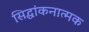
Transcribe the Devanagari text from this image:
सिद्धांकनात्मक